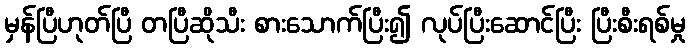
မှန်ပြီဟုတ်ပြီ တပြီဆိုသီး စားသောက်ပြီး၍ လုပ်ပြီးဆောင်ပြီး ပြီးစီးရစ်မှု